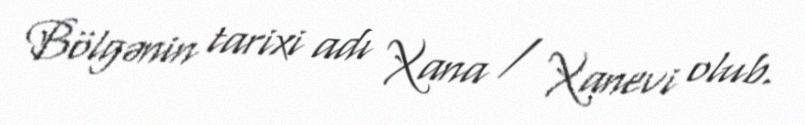
Bölgənin tarixi adı Xana / Xanevi olub.